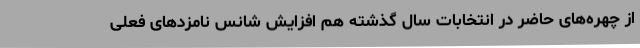
از چهره‌های حاضر در انتخابات سال گذشته هم افزایش شانس نامزدهای فعلی